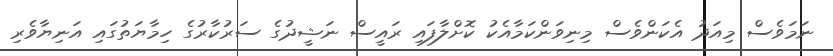
ނަމަވެސް މިއަދު އެކަންވެސް މިނިވަންކަމާއެކު ކޮށްލާފައި ރައީސް ނަޝީދުގެ ސަރުކާރުގެ ހިމާޔަތުގައި އަނިޔާވެރި